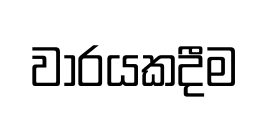
වාරයකදීම